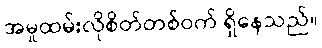
အမှုထမ်းလိုစိတ်တစ်ဝက် ရှိနေသည်။